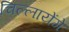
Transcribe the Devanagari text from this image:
चिल्लायेंगे